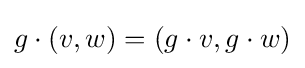
g\cdot (v,w)=(g\cdot v,g\cdot w)